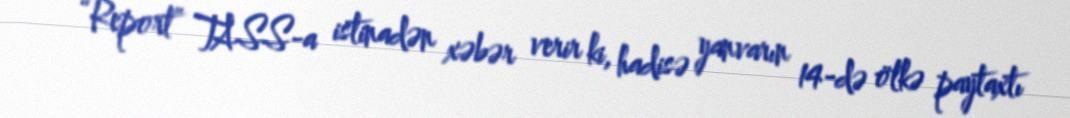
“Report” TASS-a istinadən xəbər verir ki, hadisə yanvarın 14-də ölkə paytaxtı